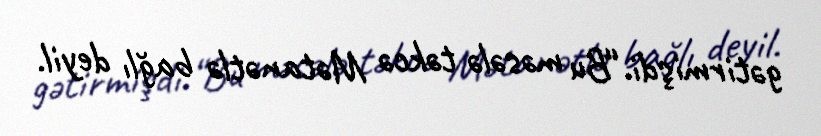
gətirmişdi.“Bu məsələ təkcə Mətanətlə bağlı deyil.